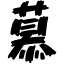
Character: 慕